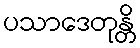
ပသာဒေတုန္တိ